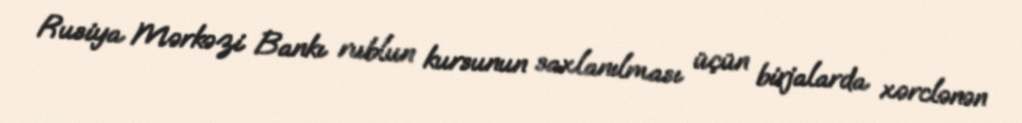
Rusiya Mərkəzi Bankı rublun kursunun saxlanılması üçün birjalarda xərclənən